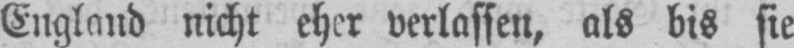
England nicht eher verlassen, als bis sie